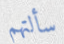
سألتهم